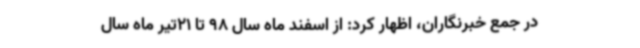
در جمع خبرنگاران، اظهار کرد: از اسفند ماه سال 98 تا 21تیر ماه سال